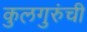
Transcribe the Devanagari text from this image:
कुलगुरुंची